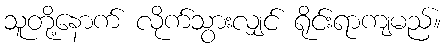
သူတို့နောက် လိုက်သွားလျှင် ရိုင်းရာကျမည်။